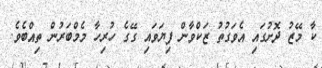
ކާ މޭޒު ދޮށުގައި އެވަގުތު ޒަކްވާން ފިޔަވައި ގޭގެ ހުރިހާ މެމްބަރުން ތިއްބެވެ.